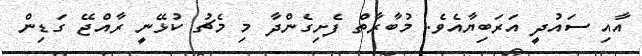
އާއި ސައުދީ އަރަބިޔާއެވެ. މުބާރާތް ފެށިގެންދާ މި މެޗު ކުޅޭނީ ރާއްްޖޭ ގަޑިން